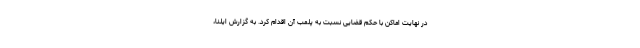
در نهایت اماکن با حکم قضایی نسبت به پلمب آن اقدام کرد. به گزارش ایلنا،